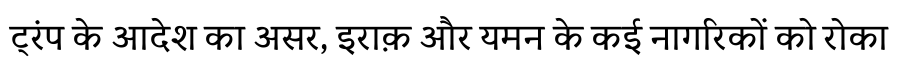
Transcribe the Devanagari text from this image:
ट्रंप के आदेश का असर, इराक़ और यमन के कई नागरिकों को रोका